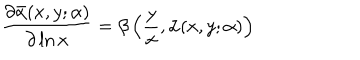
\frac { \partial \bar { \alpha } ( x , y ; \alpha ) } { \partial \ln x } = \beta \left( \frac { y } { x } , \bar { \alpha } ( x , y ; \alpha ) \right)